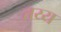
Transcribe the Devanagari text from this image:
तय्य